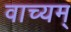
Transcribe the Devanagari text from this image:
वाच्यम्